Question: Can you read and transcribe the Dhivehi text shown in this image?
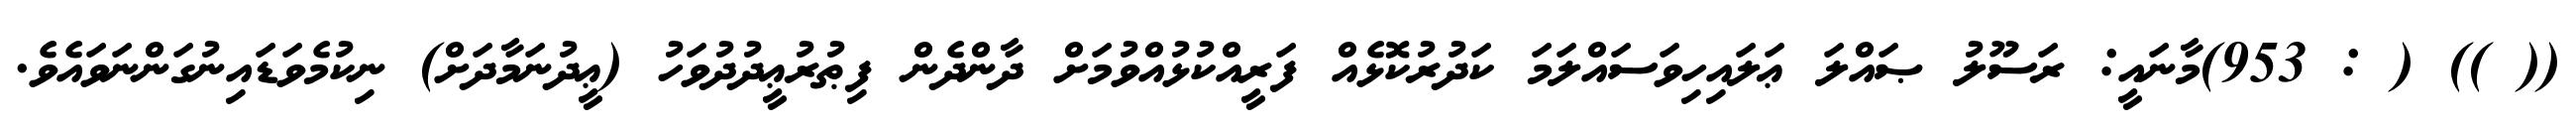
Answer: (( )) ( : 953)މާނައީ: ރަސޫލު ޞައްލަ ޢަލައިހިވަސައްލަމަ ކަދުރުކޮޅެއް ފަރީއްކުޅުއްވުމަށް ދާންދެން ފިޠުރުޢީދުދުވަހު (ޢީދުނަމާދަށް) ނިކުމެވަޑައިނުގަންނަވައެވެ.